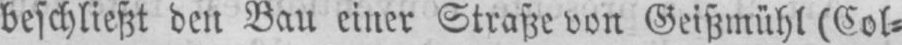
beschließt den Bau einer Straße von Geißmühl (Col⸗